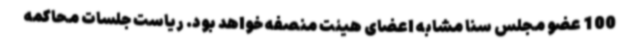
100 عضو مجلس سنا مشابه اعضای هیئت منصفه خواهد بود. ریاست جلسات محاکمه